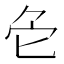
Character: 𠤓